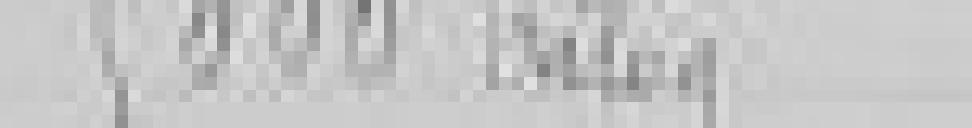
entrée : 5.000 kilos